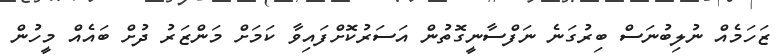
ޒަހަމެއް ނުލިބުނަސް ބިރުގަނެ ނަފްސާނީގޮތުން އަސަރުކޮށްފައިވާ ކަމަށް މަންޒަރު ދުށް ބައެއް މީހުން